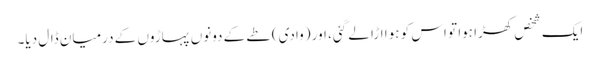
ایک شخص کھڑا ہوا تو اس کو ہوا اڑا لے گئی، اور (وادی) طے کے دونوں پہاڑوں کے درمیان ڈال دیا۔